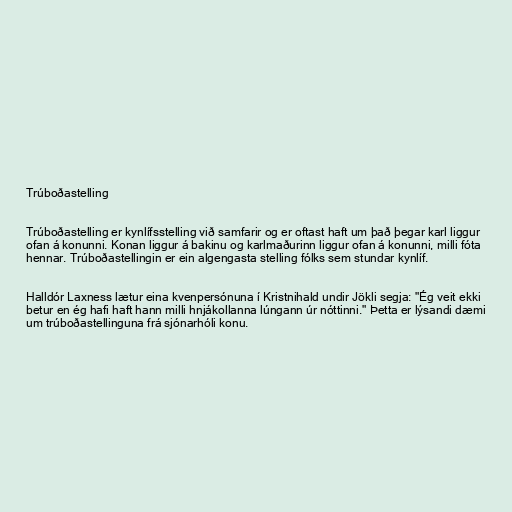
Trúboðastelling

Trúboðastelling er kynlífsstelling við samfarir og er oftast haft um það þegar karl liggur
ofan á konunni. Konan liggur á bakinu og karlmaðurinn liggur ofan á konunni, milli fóta
hennar. Trúboðastellingin er ein algengasta stelling fólks sem stundar kynlíf.

Halldór Laxness lætur eina kvenpersónuna í Kristnihald undir Jökli segja: "Ég veit ekki
betur en ég hafi haft hann milli hnjákollanna lúngann úr nóttinni." Þetta er lýsandi dæmi
um trúboðastellinguna frá sjónarhóli konu.